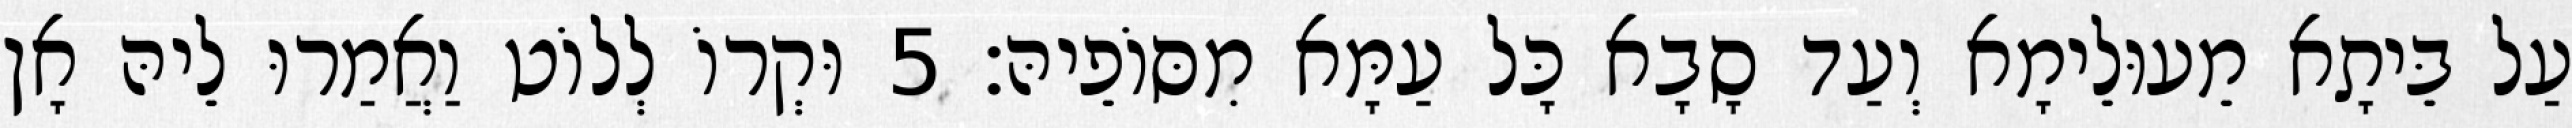
עַל בֵּיתָא מֵעוּלֵימָא וְעַד סָבָא כָּל עַמָּא מִסּוֹפֵיהּ׃ 5 וּקְרוֹ לְלוֹט וַאֲמַרוּ לֵיהּ אָן